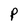
Character: P